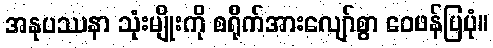
အနုပဿနာ သုံးမျိုးကို စရိုက်အားလျော်စွာ ဝေဖန်ပြပုံ။